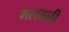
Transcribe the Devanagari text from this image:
मलवली